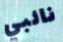
نائبي